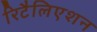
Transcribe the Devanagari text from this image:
रिटैलिएशन